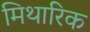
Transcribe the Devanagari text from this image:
मिथारिक